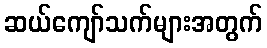
ဆယ်ကျော်သက်များအတွက်